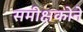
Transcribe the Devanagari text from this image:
समीक्षकोने